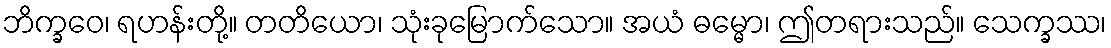
ဘိက္ခဝေ၊ ရဟန်းတို့။ တတိယော၊ သုံးခုမြောက်သော။ အယံ ဓမ္မော၊ ဤတရားသည်။ သေက္ခဿ၊